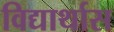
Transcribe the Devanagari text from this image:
विद्यार्थास